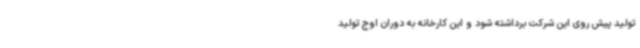
تولید پیش روی این شرکت برداشته شود و این کارخانه به دوران اوج تولید